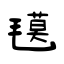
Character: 氁